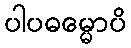
ပါပဓမ္မောပိ